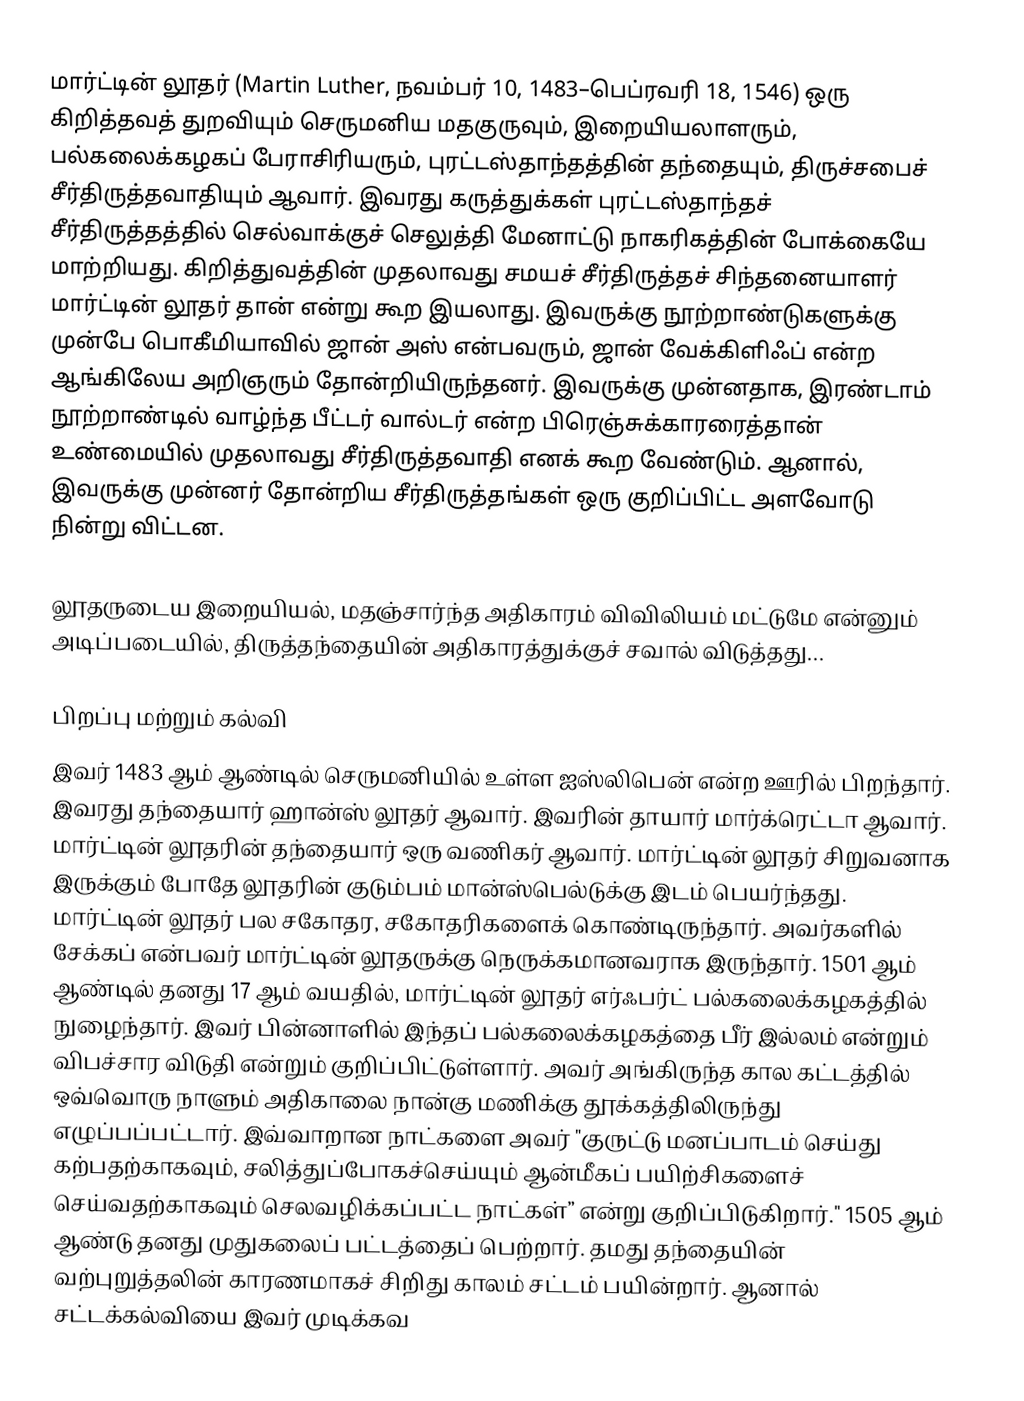
மார்ட்டின் லூதர் (Martin Luther, நவம்பர் 10, 1483–பெப்ரவரி 18, 1546) ஒரு கிறித்தவத் துறவியும் செருமனிய மதகுருவும், இறையியலாளரும், பல்கலைக்கழகப் பேராசிரியரும், புரட்டஸ்தாந்தத்தின் தந்தையும், திருச்சபைச் சீர்திருத்தவாதியும் ஆவார். இவரது கருத்துக்கள் புரட்டஸ்தாந்தச் சீர்திருத்தத்தில் செல்வாக்குச் செலுத்தி மேனாட்டு நாகரிகத்தின் போக்கையே மாற்றியது. கிறித்துவத்தின் முதலாவது சமயச் சீர்திருத்தச் சிந்தனையாளர் மார்ட்டின் லூதர் தான் என்று கூற இயலாது. இவருக்கு நூற்றாண்டுகளுக்கு முன்பே பொகீமியாவில் ஜான் அஸ் என்பவரும், ஜான் வேக்கிளிஃப் என்ற ஆங்கிலேய அறிஞரும் தோன்றியிருந்தனர். இவருக்கு முன்னதாக, இரண்டாம் நூற்றாண்டில் வாழ்ந்த பீட்டர் வால்டர் என்ற பிரெஞ்சுக்காரரைத்தான் உண்மையில் முதலாவது சீர்திருத்தவாதி எனக் கூற வேண்டும். ஆனால், இவருக்கு முன்னர் தோன்றிய சீர்திருத்தங்கள் ஒரு குறிப்பிட்ட அளவோடு நின்று விட்டன.

லூதருடைய இறையியல், மதஞ்சார்ந்த அதிகாரம் விவிலியம் மட்டுமே என்னும் அடிப்படையில், திருத்தந்தையின் அதிகாரத்துக்குச் சவால் விடுத்தது...

பிறப்பு மற்றும் கல்வி
இவர் 1483 ஆம் ஆண்டில் செருமனியில் உள்ள ஐஸ்லிபென் என்ற ஊரில் பிறந்தார். இவரது தந்தையார் ஹான்ஸ் லூதர் ஆவார். இவரின் தாயார் மார்க்ரெட்டா ஆவார். மார்ட்டின் லூதரின் தந்தையார் ஒரு வணிகர் ஆவார். மார்ட்டின் லூதர் சிறுவனாக இருக்கும் போதே லூதரின் குடும்பம் மான்ஸ்பெல்டுக்கு இடம் பெயர்ந்தது. மார்ட்டின் லூதர் பல சகோதர, சகோதரிகளைக் கொண்டிருந்தார். அவர்களில் சேக்கப் என்பவர் மார்ட்டின் லூதருக்கு நெருக்கமானவராக இருந்தார். 1501 ஆம் ஆண்டில் தனது 17 ஆம் வயதில், மார்ட்டின் லூதர் எர்ஃபர்ட் பல்கலைக்கழகத்தில் நுழைந்தார். இவர் பின்னாளில் இந்தப் பல்கலைக்கழகத்தை பீர் இல்லம் என்றும் விபச்சார விடுதி என்றும் குறிப்பிட்டுள்ளார். அவர் அங்கிருந்த கால கட்டத்தில் ஒவ்வொரு நாளும் அதிகாலை நான்கு மணிக்கு தூக்கத்திலிருந்து எழுப்பப்பட்டார். இவ்வாறான நாட்களை அவர் "குருட்டு மனப்பாடம் செய்து கற்பதற்காகவும், சலித்துப்போகச்செய்யும் ஆன்மீகப் பயிற்சிகளைச் செய்வதற்காகவும் செலவழிக்கப்பட்ட நாட்கள்” என்று குறிப்பிடுகிறார்." 1505 ஆம் ஆண்டு தனது முதுகலைப் பட்டத்தைப் பெற்றார். தமது தந்தையின் வற்புறுத்தலின் காரணமாகச் சிறிது காலம் சட்டம் பயின்றார். ஆனால் சட்டக்கல்வியை இவர் முடிக்கவ